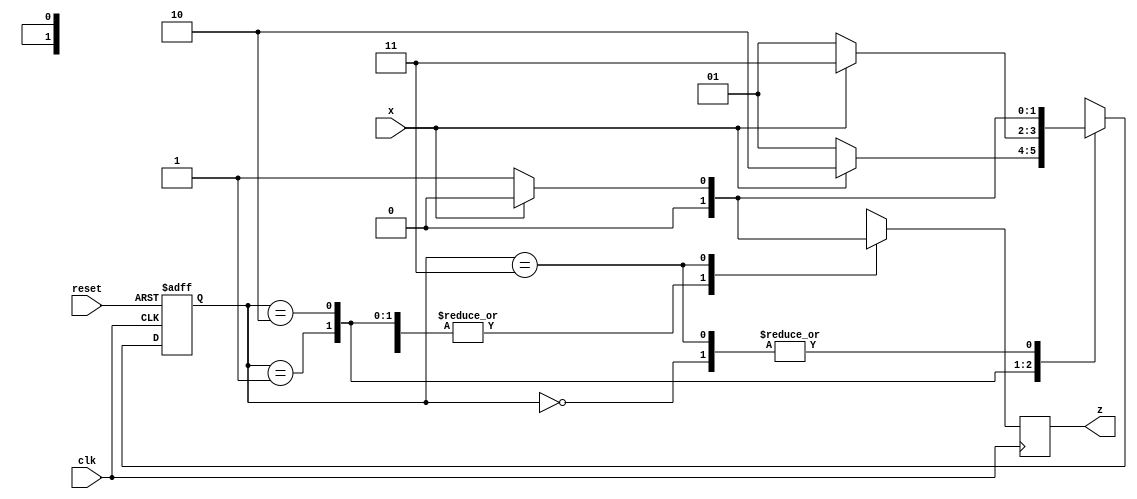
module seq_det 
	(
		// input system clk, and reset
		input wire clk,
		input wire reset,
		// input bit stream
		input wire x,
		// output 
		output reg z
	);

	// state parameters
	parameter s0 = 2'b00, s1 = 2'b01, s2 = 2'b10, s3 = 2'b11;
	reg [0:1] present_state, next_state;

	// state memory
	always @(negedge clk or negedge reset) 
		begin 
			if(!reset) 
				begin
					present_state <= s0;
				end 
			else 
				begin
					present_state <= next_state;
				end
		end

	// next state logic
	always @(present_state, x)
		begin

			case (present_state)

				s0 : begin
							if (x == 1'b0)
								next_state = s1;
							else
								next_state = s0;
					 end

				s1 : begin
							if (x == 1'b0)
								next_state = s1;
							else
								next_state = s2;
					 end

				s2 : begin
							if (x == 1'b0)
								next_state = s1;
							else
								next_state = s3;
					 end

				s3 : begin
							if (x == 1'b0)
								next_state = s1;
							else
								next_state = s0;
					 end
			endcase // present_state
		end

	// output logic

		always @(negedge clk)
				begin

					case (present_state)

						s0 : begin
									if (x == 1'b0)
										z = 1'b0;
									else
										z = 1'b0;
							 end

						s1 : begin
									if (x == 1'b0)
										z = 1'b0;
									else
										z = 1'b0;
							 end

						s2 : begin
									if (x == 1'b0)
										z = 1'b0;
									else
										z = 1'b0;
							 end

						s3 : begin
									if (x == 1'b0)
										z = 1'b1;
									else
										z = 1'b0;
							 end
					endcase // present_state
				end



endmodule